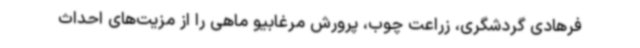
فرهادی گردشگری، زراعت چوب، پرورش مرغابیو ماهی را از مزیت‌های احداث